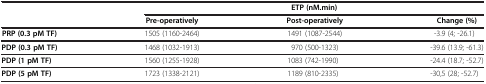
<table><thead><tr><td rowspan="2"><b> </b></td><td colspan="3"><b>ETP (nM.min)</b></td></tr><tr><td><b>Pre-operatively</b></td><td><b>Post-operatively</b></td><td><b>Change (%)</b></td></tr></thead><tbody><tr><td><b>PRP (0.3 pM TF)</b></td><td>1505 (1160-2464)</td><td>1491 (1087-2544)</td><td>-3.9 (4; -26.1)</td></tr><tr><td><b>PDP (0.3 pM TF)</b></td><td>1468 (1032-1913)</td><td>970 (500-1323)</td><td>-39.6 (13.9; -61.3)</td></tr><tr><td><b>PDP (1 pM TF)</b></td><td>1560 (1255-1928)</td><td>1083 (742-1990)</td><td>-24.4 (18.7; -52.7)</td></tr><tr><td><b>PDP (5 pM TF)</b></td><td>1723 (1338-2121)</td><td>1189 (810-2335)</td><td>-30,5 (28; -52.7)</td></tr></tbody></table>